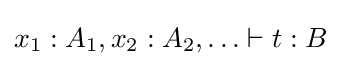
x_{1}:A_{1},x_{2}:A_{2},\ldots \vdash t:B